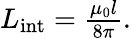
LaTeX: \begin{array}{r}{L_{\mathrm{int}}=\frac{\mu_{0}l}{8\pi}.}\end{array}